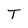
Character: T